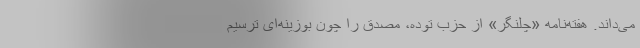
می‌داند. هفته‌نامه «چَلِنگَر» از حزب توده، مصدق را چون بوزینه‌ای ترسیم